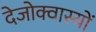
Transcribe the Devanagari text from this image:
देजोक्वास्यों